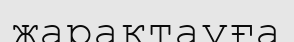
жарақтауға